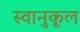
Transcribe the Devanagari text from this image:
स्वानुकूल